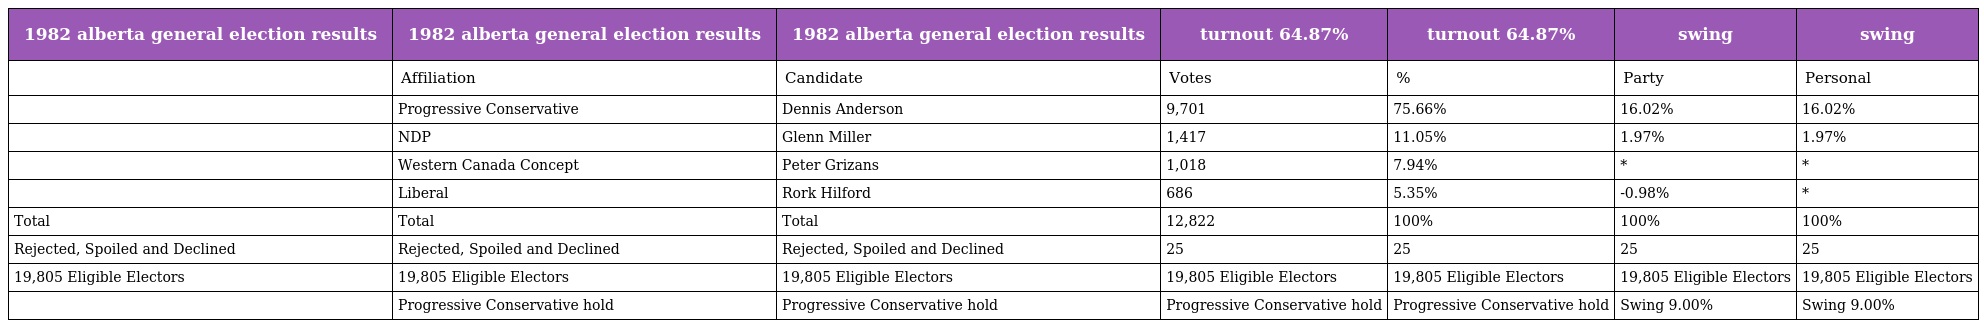
| 1982 alberta general election results | 1982 alberta general election results | 1982 alberta general election results | turnout 64.87% | turnout 64.87% | swing | swing |
 | --- | --- | --- | --- | --- | --- | --- |
 |  | Affiliation | Candidate | Votes | % | Party | Personal |
 |  | Progressive Conservative | Dennis Anderson | 9,701 | 75.66% | 16.02% | 16.02% |
 |  | NDP | Glenn Miller | 1,417 | 11.05% | 1.97% | 1.97% |
 |  | Western Canada Concept | Peter Grizans | 1,018 | 7.94% | * | * |
 |  | Liberal | Rork Hilford | 686 | 5.35% | -0.98% | * |
 | Total | Total | Total | 12,822 | 100% | 100% | 100% |
 | Rejected, Spoiled and Declined | Rejected, Spoiled and Declined | Rejected, Spoiled and Declined | 25 | 25 | 25 | 25 |
 | 19,805 Eligible Electors | 19,805 Eligible Electors | 19,805 Eligible Electors | 19,805 Eligible Electors | 19,805 Eligible Electors | 19,805 Eligible Electors | 19,805 Eligible Electors |
 |  | Progressive Conservative hold | Progressive Conservative hold | Progressive Conservative hold | Progressive Conservative hold | Swing 9.00% | Swing 9.00% |